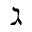
\gimel